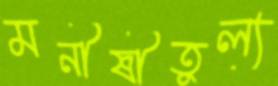
মনীষীতুল্য